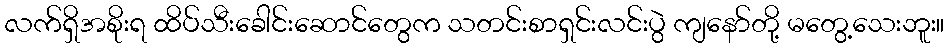
လက်ရှိအစိုးရ ထိပ်သီးခေါင်းဆောင်တွေက သတင်းစာရှင်းလင်းပွဲ ကျနော်တို့ မတွေ့သေးဘူး။